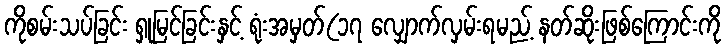
ကိုစမ်းသပ်ခြင်း ရှုမြင်ခြင်းနှင့် ရုံးအမှတ်(၁၇ လျှောက်လှမ်းရမည့် နတ်ဆိုးဖြစ်ကြောင်းကို